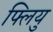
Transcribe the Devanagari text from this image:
फ्लियु